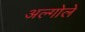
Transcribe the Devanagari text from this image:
अल्गोले